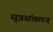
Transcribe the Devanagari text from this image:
सूत्रसंचलन